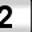
Digit: 2